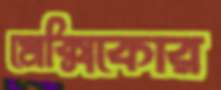
মেক্সিকোর